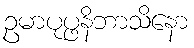
ဥမာပုပ္ဖနိဘာသိနော